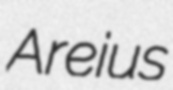
Areius